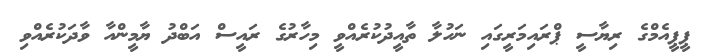
ޕީޕީއެމްގެ ރިޔާސީ ޕްރައިމަރީގައި ނަހުލާ ތާއީދުކުރެއްވީ މިހާރުގެ ރައީސް އަބްދު ޔާމީންއާ ވާދަކުރެއްވި